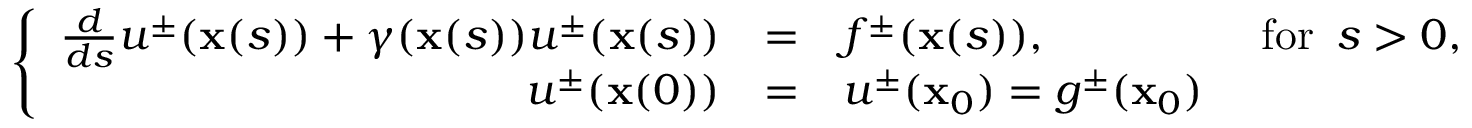
\left\{ \begin{array} { r c l l } { \frac { d } { d s } u ^ { \pm } ( \mathbf { x } ( s ) ) + \gamma ( \mathbf { x } ( s ) ) u ^ { \pm } ( \mathbf { x } ( s ) ) } & { = } & { f ^ { \pm } ( \mathbf { x } ( s ) ) , } & { \mathrm { ~ f o r ~ } \, s > 0 , } \\ { u ^ { \pm } ( \mathbf { x } ( 0 ) ) } & { = } & { u ^ { \pm } ( \mathbf { x } _ { 0 } ) = g ^ { \pm } ( \mathbf { x } _ { 0 } ) } & \end{array} \right.